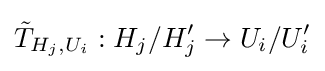
{\tilde {T}}_{H_{j},U_{i}}:H_{j}/H_{j}'\to U_{i}/U_{i}'